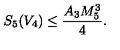
S _ { 5 } ( V _ { 4 } ) \leq \frac { A _ { 3 } M _ { 5 } ^ { 3 } } { 4 } .